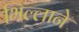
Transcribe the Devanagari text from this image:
भिल्लाने